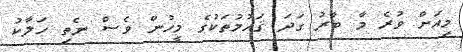
މިއަށް ވުރެ މާ ބާރު ގަދަ ޤައުމުތަކުގެ މީހުން ވެސް ނެތި ހަލާކު